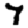
Digit: 7